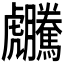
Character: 𧈜